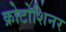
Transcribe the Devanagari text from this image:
क्रोटोशिनर